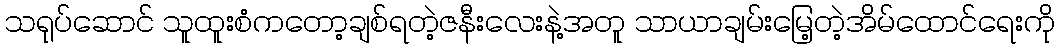
သရုပ်ဆောင် သူထူးစံကတော့ချစ်ရတဲ့ဇနီးလေးနဲ့အတူ သာယာချမ်းမြေ့တဲ့အိမ်ထောင်ရေးကို